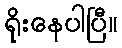
ရိုးနေပါပြီ။